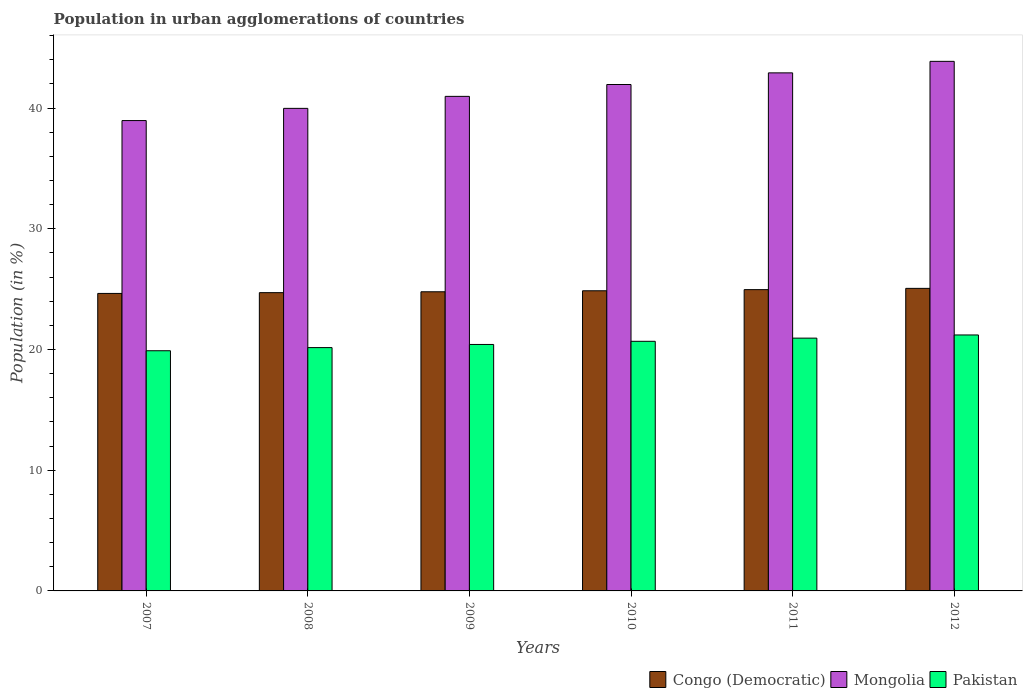
| Years | Congo (Democratic) | Mongolia | Pakistan |
 | --- | --- | --- | --- |
 | 2007 | 24.6 | 39 | 19.9 |
 | 2008 | 24.7 | 40 | 20.2 |
 | 2009 | 24.8 | 41 | 20.4 |
 | 2010 | 24.9 | 41.9 | 20.7 |
 | 2011 | 25 | 42.9 | 20.9 |
 | 2012 | 25.1 | 43.9 | 21.2 |